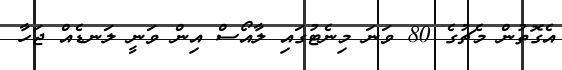
އެގޮތުން މެޗުގެ 80 ވަނަ މިނެޓުގައި ލާއޯސް އިން ވަނީ ލަނޑެއް ޖަހާ